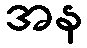
အန